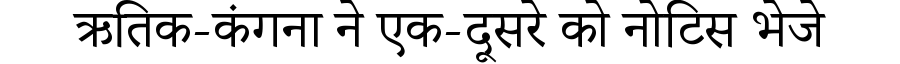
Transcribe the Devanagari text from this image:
ऋतिक-कंगना ने एक-दूसरे को नोटिस भेजे